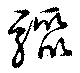
驟